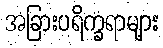
အခြားပရိက္ခရာများ